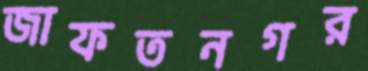
জাফতনগর